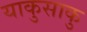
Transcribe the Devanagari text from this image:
याकुसाकु